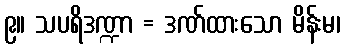
၉။ သပရိဒဏ္ဍာ = ဒဏ်ထားသော မိန်းမ၊